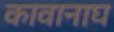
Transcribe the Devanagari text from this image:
कावानाघ